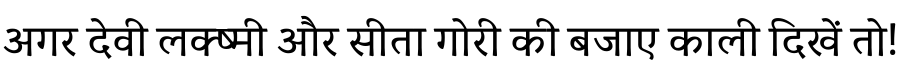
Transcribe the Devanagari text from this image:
अगर देवी लक्ष्मी और सीता गोरी की बजाए काली दिखें तो!